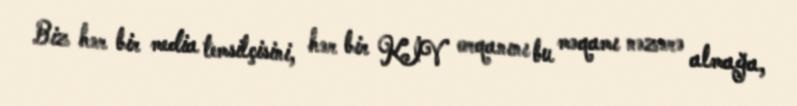
Biz hər bir media temsilçisini, hər bir KİV orqanını bu məqamı nəzərə almağa,